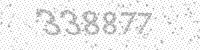
Solution: 338877